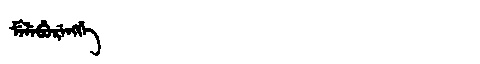
Manchu: ᠮᡝᠯᡝᠪᡠᡵᡝᠩᡤᡝ
Romanization: MELEBURENGGE